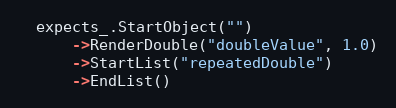
Language: C++
  expects_.StartObject("")
      ->RenderDouble("doubleValue", 1.0)
      ->StartList("repeatedDouble")
      ->EndList()